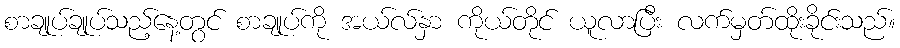
စာချုပ်ချုပ်သည့်နေ့တွင် စာချုပ်ကို အယ်လ်နှာ ကိုယ်တိုင် ယူလာပြီး လက်မှတ်ထိုးခိုင်းသည်။